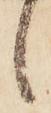
候